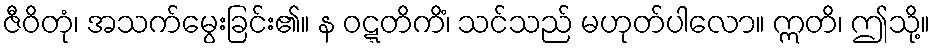
ဇီဝိတုံ၊ အသက်မွေးခြင်း၏။ န ဝဋ္ဋတိကိံ၊ သင်သည် မဟုတ်ပါလော။ ဣတိ၊ ဤသို့။